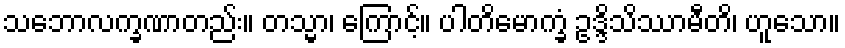
သဘောလက္ခဏာတည်း။ တသ္မာ၊ ကြောင့်။ ပါတိမောက္ခံ ဥဒ္ဒိသိဿာမီတိ၊ ဟူသော။